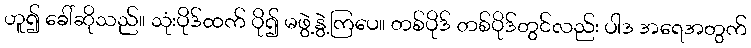
ဟူ၍ ခေါ်ဆိုသည်။ သုံးပိုဒ်ထက် ပို၍ မဖွဲ့နွဲ့ကြပေ။ တစ်ပိုဒ် တစ်ပိုဒ်တွင်လည်း ပါဒ အရေအတွက်